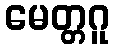
မေတ္တဂူ